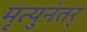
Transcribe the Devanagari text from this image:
मृत्युनंतर्